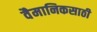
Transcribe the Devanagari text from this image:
वैमानिकसाठी